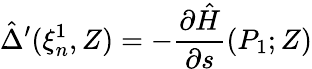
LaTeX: \hat{\Delta}^{\prime}(\xi_{n}^{1},Z)=-\frac{\partial\hat{H}}{\partial s}(P_{1};Z)